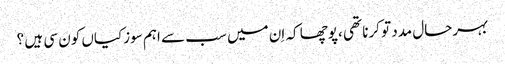
بہرحال مدد تو کرنا تھی ،پوچھا کہ اِن میں سب سے اہم سوزکیاں کون سی ہیں ؟